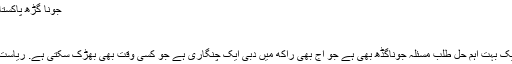
جونا گڑھ پاکستان کا نامکمل باب - Jasarat News Urdu
جونا گڑھ پاکستان کا نامکمل باب
عبد العزیز العرب
اقوام متحدہ کے غیر حل طلب مسائل میں سے ایک بہت اہم حل طلب مسئلہ جوناگڈھ بھی ہے جو آج بھی راکھ میں دبی ایک چنگاری ہے جو کسی وقت بھی بھڑک سکتی ہے. ریاست جوناگڑھ جو تقریباً 4 ہزار میل پر مشتمل ہے۔